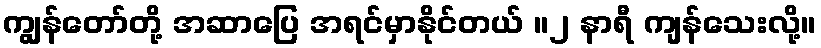
ကျွန်တော်တို့ အဆာပြေ အရင်မှာနိုင်တယ် ။၂ နာရီ ကျန်သေးလို့။